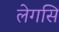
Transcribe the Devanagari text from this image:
लेगसि